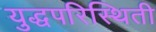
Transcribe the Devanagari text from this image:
युद्धपरिस्थिती